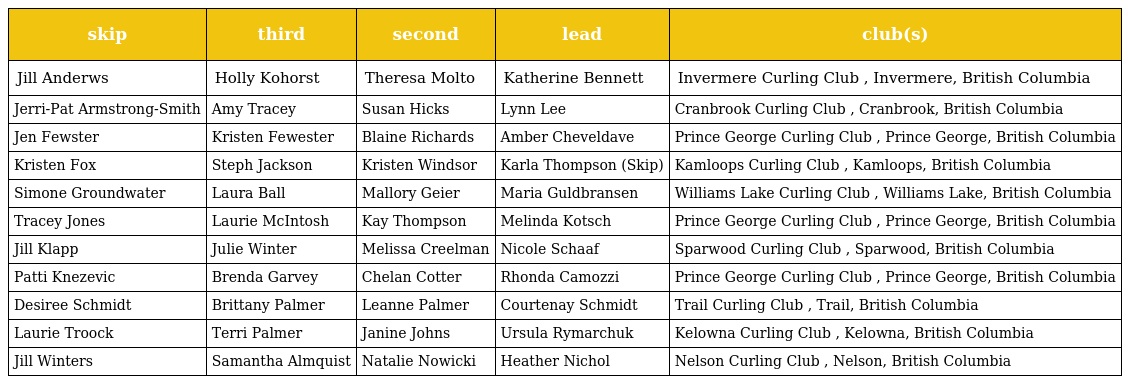
| skip | third | second | lead | club(s) |
 | --- | --- | --- | --- | --- |
 | Jill Anderws | Holly Kohorst | Theresa Molto | Katherine Bennett | Invermere Curling Club , Invermere, British Columbia |
 | Jerri-Pat Armstrong-Smith | Amy Tracey | Susan Hicks | Lynn Lee | Cranbrook Curling Club , Cranbrook, British Columbia |
 | Jen Fewster | Kristen Fewester | Blaine Richards | Amber Cheveldave | Prince George Curling Club , Prince George, British Columbia |
 | Kristen Fox | Steph Jackson | Kristen Windsor | Karla Thompson (Skip) | Kamloops Curling Club , Kamloops, British Columbia |
 | Simone Groundwater | Laura Ball | Mallory Geier | Maria Guldbransen | Williams Lake Curling Club , Williams Lake, British Columbia |
 | Tracey Jones | Laurie McIntosh | Kay Thompson | Melinda Kotsch | Prince George Curling Club , Prince George, British Columbia |
 | Jill Klapp | Julie Winter | Melissa Creelman | Nicole Schaaf | Sparwood Curling Club , Sparwood, British Columbia |
 | Patti Knezevic | Brenda Garvey | Chelan Cotter | Rhonda Camozzi | Prince George Curling Club , Prince George, British Columbia |
 | Desiree Schmidt | Brittany Palmer | Leanne Palmer | Courtenay Schmidt | Trail Curling Club , Trail, British Columbia |
 | Laurie Troock | Terri Palmer | Janine Johns | Ursula Rymarchuk | Kelowna Curling Club , Kelowna, British Columbia |
 | Jill Winters | Samantha Almquist | Natalie Nowicki | Heather Nichol | Nelson Curling Club , Nelson, British Columbia |